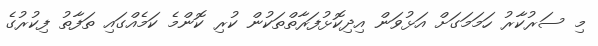
މި ސަރުކާރު ހަމަމަގަށް އަޅުވަން އިދިކޮޅުފަރާތްތަކުން ކުރި ކޮންމެ ކަމެއްގައި ތަފާތު ފިކުރުގެ